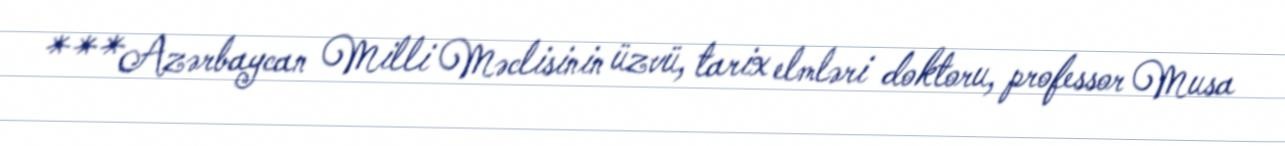
***Azərbaycan Milli Məclisinin üzvü, tarix elmləri doktoru, professor Musa